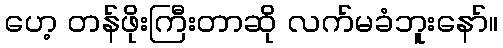
ဟေ့ တန်ဖိုးကြီးတာဆို လက်မခံဘူးနော်။